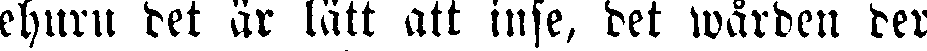
ehuru det är lätt att inse, det wården der